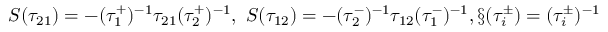
S ( \tau _ { 2 1 } ) = - ( \tau _ { 1 } ^ { + } ) ^ { - 1 } \tau _ { 2 1 } ( \tau _ { 2 } ^ { + } ) ^ { - 1 } , \ S ( \tau _ { 1 2 } ) = - ( \tau _ { 2 } ^ { - } ) ^ { - 1 } \tau _ { 1 2 } ( \tau _ { 1 } ^ { - } ) ^ { - 1 } , \S ( \tau _ { i } ^ { \pm } ) = ( \tau _ { i } ^ { \pm } ) ^ { - 1 }